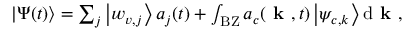
\begin{array} { r } { | \Psi ( t ) \rangle = \sum _ { j } \left| w _ { v , j } \right\rangle a _ { j } ( t ) + \int _ { \mathrm { B Z } } a _ { c } ( \textbf { k } , t ) \left| \psi _ { c , k } \right\rangle \mathrm { d } \textbf { k } , } \end{array}